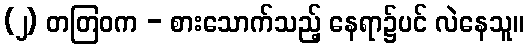
(၂) တတြဝက - စားသောက်သည့် နေရာ၌ပင် လဲနေသူ။